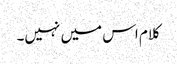
کلام اس میں نہیں۔